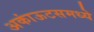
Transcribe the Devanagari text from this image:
अकांऊटसमध्ये